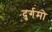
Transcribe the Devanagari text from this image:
दुर्गमो